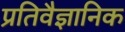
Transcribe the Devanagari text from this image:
प्रतिवैज्ञानिक